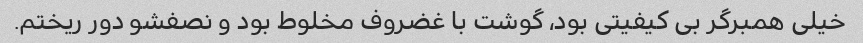
خیلی همبرگر بی کیفیتی بود، گوشت با غضروف مخلوط بود و نصفشو دور ریختم.